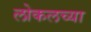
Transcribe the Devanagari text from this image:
लोकलच्या